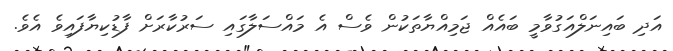
އަދި ބައިނަލްއަގުވާމީ ބައެއް ޖަމިއްޔާތަކުން ވެސް އެ މައްސަލާގައި ސަރުކާރަށް ފާޑުކިޔާފައިވެ އެވެ.